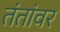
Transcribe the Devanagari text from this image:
तंतांवर